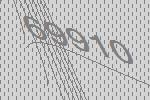
69910